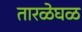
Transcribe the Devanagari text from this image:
तारळेघळ